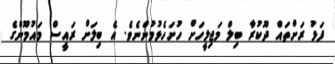
ފަޅު ރަށްތައް ދޫކުރާ ބިލް މަޖިލީހަށް ހުށަހެޅުމުންނެވެ. އެ ބިލަށް ރައީސް މައުމޫންގެ